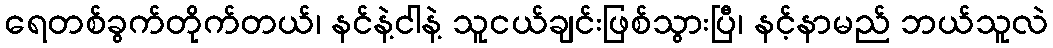
ရေတစ်ခွက်တိုက်တယ်၊ နင်နဲ့ငါနဲ့ သူငယ်ချင်းဖြစ်သွားပြီ၊ နင့်နာမည် ဘယ်သူလဲ